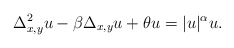
\begin{align*}\Delta_{x,y}^2 u-\beta \Delta_{x,y}u+\theta u=|u|^\alpha u.\end{align*}